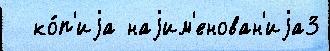
  ко́п'иjа наjим'енован'иjа3